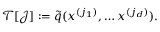
\mathcal { T } [ \mathcal { J } ] : = \tilde { q } ( x ^ { ( j _ { 1 } ) } , \ldots x ^ { ( j _ { d } ) } ) .